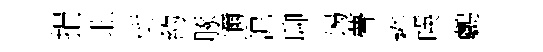
捐北街約䐁邇泥聊谒瞢袵暎鸕